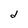
Character: d